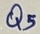
Text: Q5